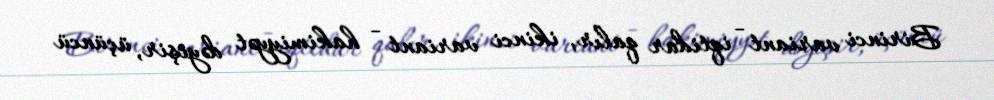
Birinci variant - iqtidar qalır, ikinci variant - hakimiyyət dəyişir, üçüncü